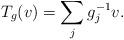
LaTeX: \begin{align*}T_g(v)=\sum_jg_j^{-1}v.\end{align*}